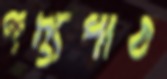
গদ্যপাঠ